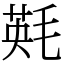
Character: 㲟